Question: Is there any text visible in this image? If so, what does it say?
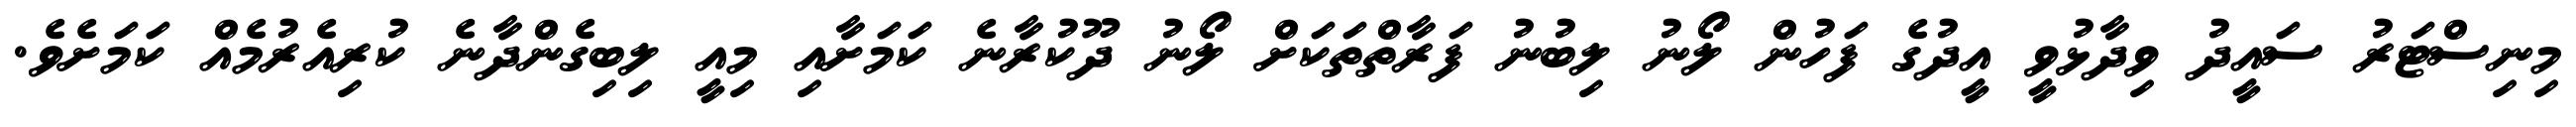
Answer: މިނިސްޓަރު ސައީދު ވިދާޅުވީ އީދުގެ ފަހުން ލޯނު ލިބުނު ފަރާތްތަކަށް ލޯނު ދޫކުރާނެ ކަމަށާއި މިއީ ލިބިގެންދާނެ ކުރިއެރުމެއް ކަމަށެވެ.